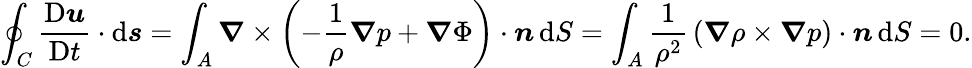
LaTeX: \oint_{C}{\frac{\mathrm{D}{\boldsymbol{u}}}{\mathrm{D}t}}\cdot\mathrm{d}{\boldsymbol{s}}=\int_{A}{\boldsymbol{\nabla}}\times\left(-{\frac{1}{\rho}}{\boldsymbol{\nabla}}p+{\boldsymbol{\nabla}}\Phi\right)\cdot{\boldsymbol{n}}\, \mathrm{d}S=\int_{A}{\frac{1}{\rho^{2}}}\left({\boldsymbol{\nabla}}\rho\times{\boldsymbol{\nabla}}p\right)\cdot{\boldsymbol{n}}\, \mathrm{d}S=0.